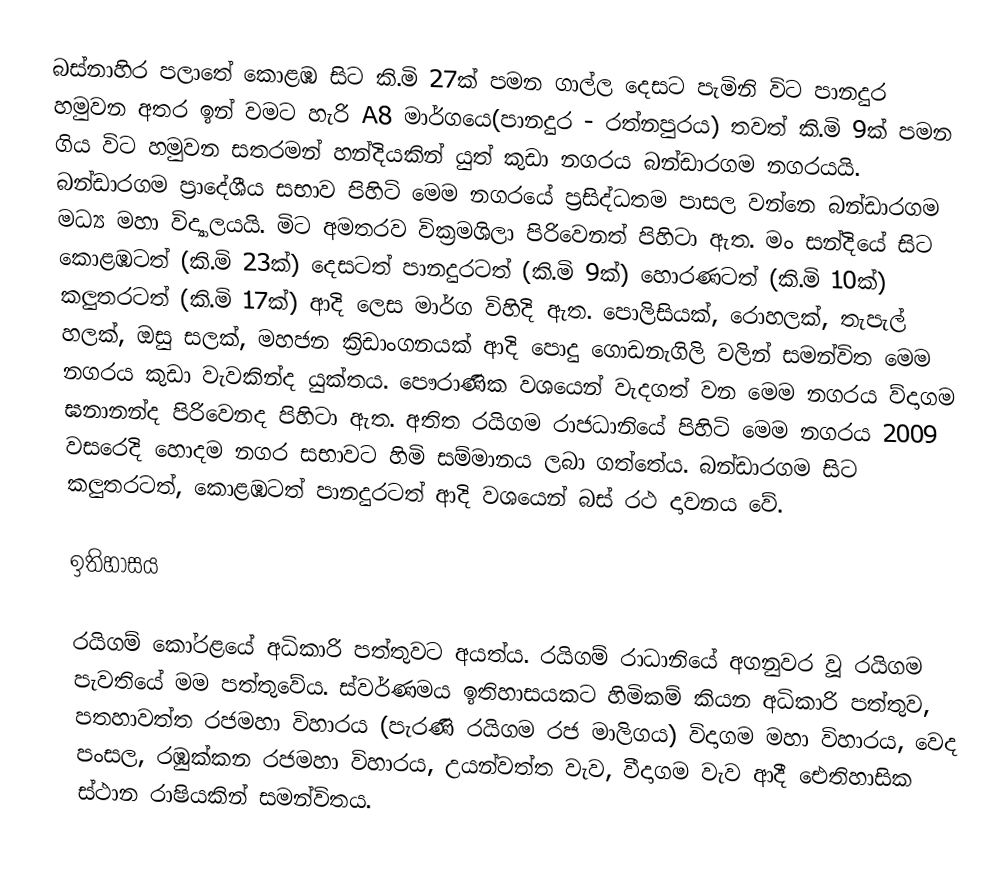
බස්නාහිර පලාතේ කොළඹ සිට කි.මි 27ක් පමන ගාල්ල දෙසට පැමිනි විට පානදුර හමුවන අතර ඉන් වමට හැරි A8 මාර්ගයෙ(පානදුර - රත්නපුරය) තවත් කි.මි 9ක් පමන ගිය විට හමුවන සතරමන් හන්දියකින් යුත් කුඩා නගරය බන්ඩාරගම නගරයයි. බන්ඩාරගම ප්‍රාදේශීය සභාව පිහිටි මෙම නගරයේ ප්‍රසිද්ධතම පාසල වන්නෙ බන්ඩාරගම මධ්‍ය මහා විද්‍යාලයයි. මිට අමතරව වික්‍රමශිලා පිරිවෙනත් පිහිටා ඇත. මං සන්දියේ සිට කොළඹටත් (කි.මි 23ක්) දෙසටත් පානදුරටත් (කි.මි 9ක්) හොරණටත් (කි.මි 10ක්) කලුතරටත් (කි.මි 17ක්) ආදි ලෙස මාර්ග විහිදි ඇත. පොලිසියක්, රොහලක්, තැපැල් හලක්, ඔසු සලක්, මහජන ක්‍රිඩාංගනයක් ආදි පොදු ගොඩනැගිලි වලින් සමන්විත මෙම නගරය කුඩා වැවකින්ද යුක්තය. පෞරාණික වශයෙන් වැදගත් වන මෙම නගරය ව්දාගම ඝනානන්ද පිරිවෙනද පිහිටා ඇත. අතිත රයිගම රාජධානියේ පිහිටි මෙම නගරය 2009 වසරෙදි හොදම නගර සභාවට හිමි සම්මානය ලබා ගත්තේය. බන්ඩාරගම සිට කලුතරටත්, කොළඹටත් පානදුරටත් ආදි වශයෙන් බස් රථ දාවනය වේ.

ඉතිහාසය

රයිගම් කෝරළයේ අධිකාරි පත්තුවට අයත්ය. රයිගම් රාධානියේ අගනුවර වූ රයිගම පැවතියේ මම පත්තුවේය. ස්වර්ණමය ඉතිහාසයකට හිමිකම් කියන අධිකාරි පත්තුව, පතහාවත්ත රජමහා විහාරය (පැරණි රයිගම රජ මාලිගය) විදාගම මහා විහාරය, වෙද පංසල, රඹුක්කන රජමහා විහාරය, උයන්වත්ත වැව, වීදාගම වැව ආදී ඓතිහාසික ස්ථාන රාෂියකින් සමන්විතය.